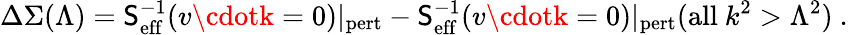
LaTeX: \Delta\Sigma(\Lambda)=\mathsf{S}_{\mathrm{{eff}}}^{-1}(v\cdotk=0)|_{\mathrm{{pert}}}-\mathsf{S}_{\mathrm{{eff}}}^{-1}(v\cdotk=0)|_{\mathrm{{pert}}}(\mathrm{{all}}~k^{2}>\Lambda^{2})\ .